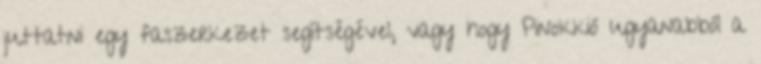
juttatni egy faszerkezet segítségével, vagy hogy Pinokkió ugyanabból a